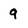
Character: 9